Note on the mental hospitals in Burma - 1925-1940
Year: 1925
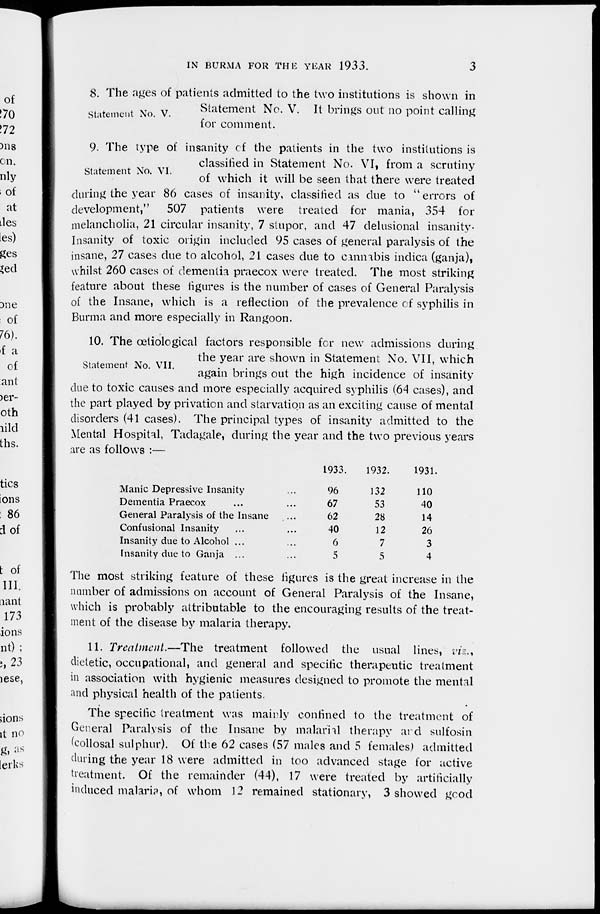
IN BURMA FOR THE YEAR 1933.
3
Statement No. V.
8. The ages of patients admitted to the two institutions is shown in
Statement No. V. It brings out no point calling
for comment.
Statement No. VI.
9. The type of insanity of the patients in the two institutions is
classified in Statement No. VI, from a scrutiny
of which it will be seen that there were treated
during the year 86 cases of insanity, classified as due to " errors of
development,"
507 patients were treated for mania, 354 for
melancholia, 21 circular insanity, 7 stupor, and 47 delusional insanity-
Insanity of toxic origin included 95 cases of general paralysis of the
insane, 27 cases due to alcohol, 21 cases due to cannabis indica (ganja),
whilst 260 cases of dementia praecox were treated. The most striking
feature about these figures is the number of cases of General Paralysis
of the Insane, which is a reflection of the prevalence of syphilis in
Burma and more especially in Rangoon.
Statement No. VII.
10. The œtiological factors responsible for new admissions during
the year are shown in Statement No. VII, which
again brings out the high incidence of insanity
due to toxic causes and more especially acquired syphilis (64 cases), and
the part played by privation and starvation as an exciting cause of mental
disorders (41 cases). The principal types of insanity admitted to the
Mental Hospital, Tadagale, during the year and the two previous years
are as follows :—
Manic Depressive Insanity ...
Dementia Praecox ... ...
General Paralysis of the Insane ...
Confusional Insanity ... ...
Insanity due to Alcohol ... ...
Insanity due to Ganja ... ...
1933.
96
67
62
40
6
5
1932.
132
53
28
12
7
5
1931.
110
40
14
26
3
4
The most striking feature of these figures is the great increase in the
number of admissions on account of General Paralysis of the Insane,
which is probably attributable to the encouraging results of the treat-
ment of the disease by malaria therapy.
11. Treatment.—The treatment followed the usual lines, viz.,
dietetic, occupational, and general and specific therapeutic treatment
in association with hygienic measures designed to promote the mental
and physical health of the patients.
The specific treatment was mainly confined to the treatment of
General Paralysis of the Insane by malarial therapy and sulfosin
(collosal sulphur). Of the 62 cases (57 males and 5 females) admitted
during the year 18 were admitted in too advanced stage for active
treatment. Of the remainder (44), 17 were treated by artificially
induced malaria, of whom 12 remained stationary, 3 showed good